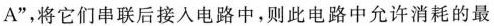
A”，将它们串联后接入电路中，则此电路中允许消耗的最